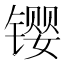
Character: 𫔉